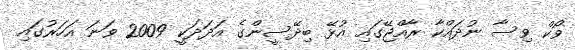
ވޯކް ވިސާ ނުދައްކާ ރާއްޖޭގައި އުޅޭ ބިދޭސީންގެ އަދަދަކީ 2009 ވަނަ އަހަރުގައި